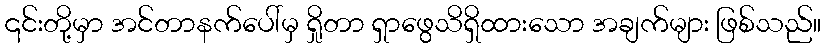
၎င်းတို့မှာ အင်တာနက်ပေါ်မှ ရှိုတာ ရှာဖွေသိရှိထားသော အချက်များ ဖြစ်သည်။